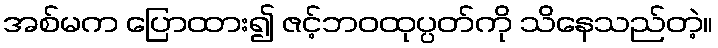
အစ်မက ပြောထား၍ ဇင့်ဘဝထုပ္ပတ်ကို သိနေသည်တဲ့။